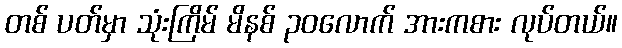
တစ် ပတ်မှာ သုံးကြိမ် မိနစ် ၃၀လောက် အားကစား လုပ်တယ်။